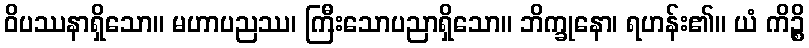
ဝိပဿနာရှိသော။ မဟာပညဿ၊ ကြီးသောပညာရှိသော။ ဘိက္ခုနော၊ ရဟန်း၏။ ယံ ကိဉ္စိ